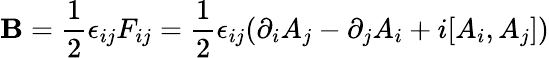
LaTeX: \mathbf{B}={\frac{{1}}{{2}}}\epsilon_{ij}F_{ij}={\frac{{1}}{{2}}}\epsilon_{ij}(\partial_{i}A_{j}-\partial_{j}A_{i}+i[A_{i},A_{j}])